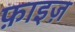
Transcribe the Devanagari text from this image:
फ़ाइज़